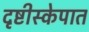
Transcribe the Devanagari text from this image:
दृष्टीस्केपात